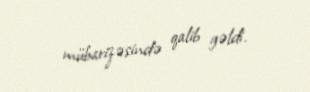
mübarizəsində qalib gəldi.